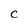
Character: C